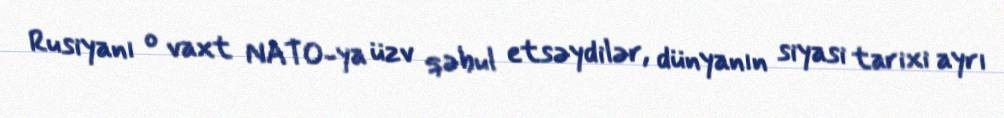
Rusiyanı o vaxt NATO-ya üzv qəbul etsəydilər, dünyanın siyasi tarixi ayrı